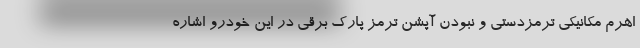
اهرم مکانیکی ترمزدستی و نبودن آپشن ترمز پارک برقی در این خودرو اشاره